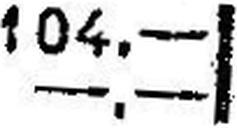
—.—